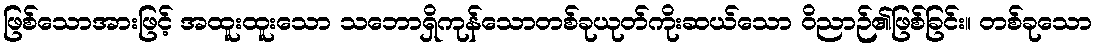
ဖြစ်သောအားဖြင့် အထူးထူးသော သဘောရှိကုန်သောတစ်ခုယုတ်ကိုးဆယ်သော ဝိညာဉ်၏ဖြစ်ခြင်း။ တစ်ခုသော